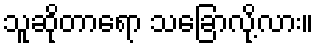
သူဆိုတာရော သခြောလို့လား။